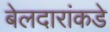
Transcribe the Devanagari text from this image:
बेलदारांकडे